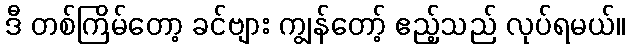
ဒီ တစ်ကြိမ်တော့ ခင်ဗျား ကျွန်တော့် ဧည့်သည် လုပ်ရမယ်။